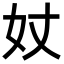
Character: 𡚹